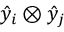
\hat { y } _ { i } \otimes \hat { y } _ { j }